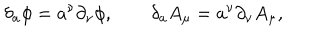
\delta _ { a } \phi = a ^ { \nu } \partial _ { \nu } \phi , \qquad \delta _ { a } A _ { \mu } = a ^ { \nu } \partial _ { \nu } A _ { \mu } ,